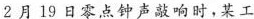
2月19日零点钟声敲响时，某工